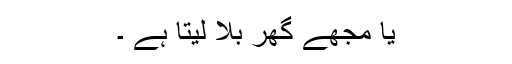
یا مجھے گھر بلا لیتا ہے ۔